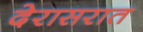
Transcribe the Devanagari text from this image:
देरासरात